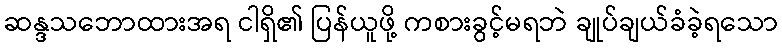
ဆန္ဒသဘောထားအရ ငါရှိ၏ ပြန်ယူဖို့ ကစားခွင့်မရဘဲ ချုပ်ချယ်ခံခဲ့ရသော